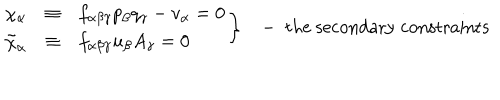
LaTeX: \left. \begin{array} { c c l } { { \chi _ { \alpha } } } & { { \equiv } } & { { f _ { \alpha \beta \gamma } p _ { \beta } q _ { \gamma } - v _ { \alpha } = 0 } } \\ { { \tilde { \chi } _ { \alpha } } } & { { \equiv } } & { { f _ { \alpha \beta \gamma } u _ { \beta } A _ { \gamma } = 0 } } \\ \end{array} \right\} - \; \mathrm { t h e ~ s e c o n d a r y ~ c o n s t r a i n t s }